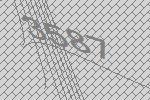
3587